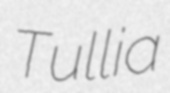
Tullia